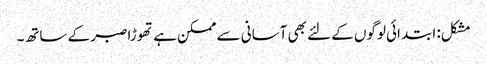
مشکل: ابتدائی لوگوں کے لئے بھی آسانی سے ممکن ہے تھوڑا صبر کے ساتھ۔